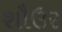
શૌઉર